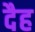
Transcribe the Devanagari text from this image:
दैह